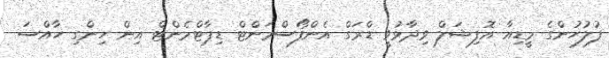
ފުލުހުންގެ މީޑިއާ އޮފިޝަލް ވިދާޅުވީ ޑްރަގް އެންފޯސްމަންޓް ޑިޕާޓްމެންޓް އިން ހިންގި ހާއްސަ